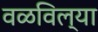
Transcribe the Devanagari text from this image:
वळविल्या